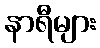
နာရီများ